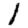
Digit: 1